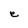
Character: e